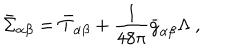
LaTeX: \bar { \Sigma } _ { \alpha \beta } = \bar { T } _ { \alpha \beta } + \frac { 1 } { 4 8 \pi } \bar { g } _ { \alpha \beta } \Lambda ~ ,